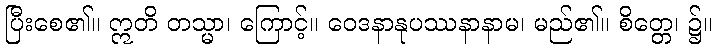
ပြီးစေ၏။ ဣတိ တသ္မာ၊ ကြောင့်။ ဝေဒနာနုပဿနာနာမ၊ မည်၏။ စိတ္တေ၊ ၌။